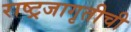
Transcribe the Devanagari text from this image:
राष्ट्रजागृतीची